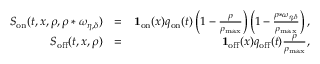
\begin{array} { r l r } { S _ { \mathrm { o n } } ( t , x , \rho , \rho * \omega _ { \eta , \delta } ) } & { = } & { \mathbf { 1 } _ { \mathrm { o n } } ( x ) q _ { \mathrm { o n } } ( t ) \left( 1 - \frac { \rho } { \rho _ { \operatorname* { m a x } } } \right) \left( 1 - \frac { \rho * \omega _ { \eta , \delta } } { \rho _ { \operatorname* { m a x } } } \right) , } \\ { S _ { \mathrm { o f f } } ( t , x , \rho ) } & { = } & { \mathbf { 1 } _ { \mathrm { o f f } } ( x ) q _ { \mathrm { o f f } } ( t ) \frac { \rho } { \rho _ { \operatorname* { m a x } } } , } \end{array}